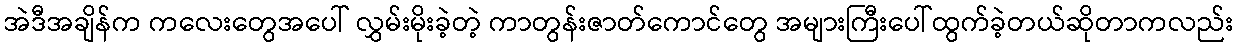
အဲဒီအချိန်က ကလေးတွေအပေါ် လွှမ်းမိုးခဲ့တဲ့ ကာတွန်းဇာတ်ကောင်တွေ အများကြီးပေါ်ထွက်ခဲ့တယ်ဆိုတာကလည်း